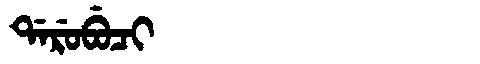
Manchu: ᡩᠠᡵᡠᠪᡠᠴᡳ
Romanization: DARUBUCI